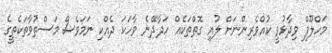
މަހްލޫފް ވިދާޅުވީ ކުއްވެރިންނަށް ލުއި ގޮތްތަކެއް ހަދާދޭނެ ވާހަކަ ދެއްކި ނަމަވެސް މަސްތުވާތަކެތީގެ